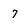
Character: 7